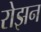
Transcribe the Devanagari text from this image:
रोझन